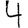
Digit: 4